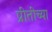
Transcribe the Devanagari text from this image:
प्रीतीच्या